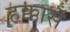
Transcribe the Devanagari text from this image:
हक्कासँ